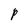
Character: P